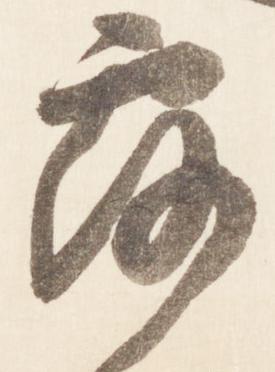
露